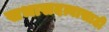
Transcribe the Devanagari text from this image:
सभासदत्वासाठी